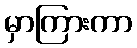
မှာကြားကာ